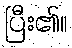
ပြီး၏။